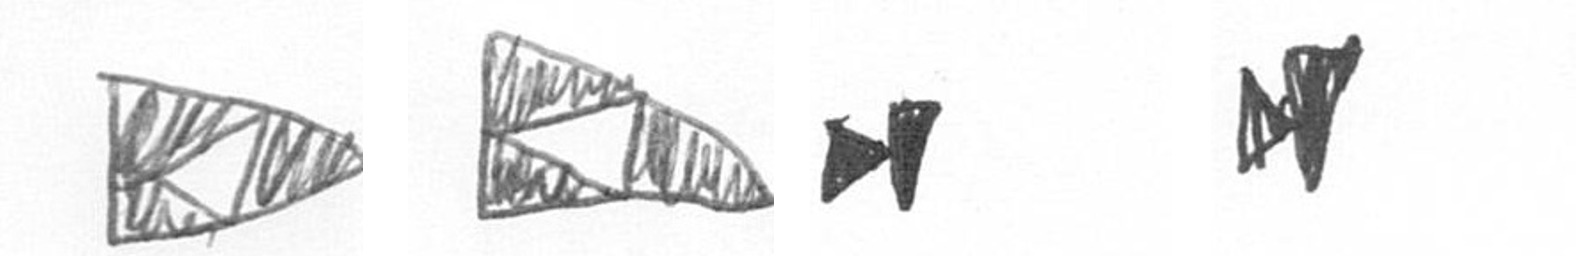
K K M M